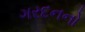
ગરદનનો